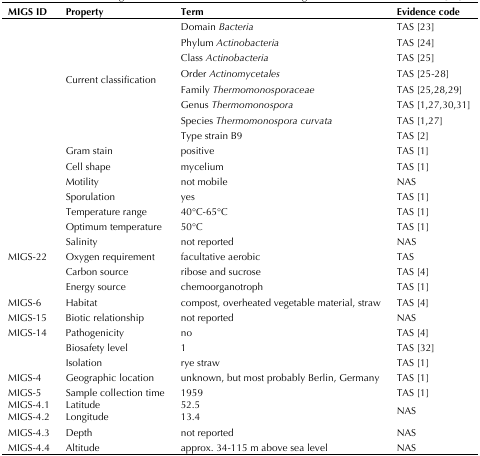
<table><thead><tr><td><b>MIGS ID</b></td><td><b>Property</b></td><td><b>Term</b></td><td><b>Evidence code</b></td></tr></thead><tbody><tr><td rowspan="8"></td><td rowspan="8">Current classification</td><td>Domain <i>Bacteria</i></td><td>TAS [23]</td></tr><tr><td>Phylum <i>Actinobacteria</i></td><td>TAS [24]</td></tr><tr><td>Class <i>Actinobacteria</i></td><td>TAS [25]</td></tr><tr><td>Order <i>Actinomycetales</i></td><td>TAS [25-28]</td></tr><tr><td>Family <i>Thermomonosporaceae</i></td><td>TAS [25,28,29]</td></tr><tr><td>Genus <i>Thermomonospora</i></td><td>TAS [1,27,30,31]</td></tr><tr><td>Species <i>Thermomonospora curvata</i></td><td>TAS [1,27]</td></tr><tr><td>Type strain B9</td><td>TAS [2]</td></tr><tr><td></td><td>Gram stain</td><td>positive</td><td>TAS [1]</td></tr><tr><td></td><td>Cell shape</td><td>mycelium</td><td>TAS [1]</td></tr><tr><td></td><td>Motility</td><td>not mobile</td><td>NAS</td></tr><tr><td></td><td>Sporulation</td><td>yes</td><td>TAS [1]</td></tr><tr><td></td><td>Temperature range</td><td>40°C-65°C</td><td>TAS [1]</td></tr><tr><td></td><td>Optimum temperature</td><td>50°C</td><td>TAS [1]</td></tr><tr><td></td><td>Salinity</td><td>not reported</td><td>NAS</td></tr><tr><td>MIGS-22</td><td>Oxygen requirement</td><td>facultative aerobic</td><td>TAS</td></tr><tr><td></td><td>Carbon source</td><td>ribose and sucrose</td><td>TAS [4]</td></tr><tr><td></td><td>Energy source</td><td>chemoorganotroph</td><td>TAS [1]</td></tr><tr><td>MIGS-6</td><td>Habitat</td><td>compost, overheated vegetable material, straw</td><td>TAS [4]</td></tr><tr><td>MIGS-15</td><td>Biotic relationship</td><td>not reported</td><td>NAS</td></tr><tr><td>MIGS-14</td><td>Pathogenicity</td><td>no</td><td>TAS [4]</td></tr><tr><td></td><td>Biosafety level</td><td>1</td><td>TAS [32]</td></tr><tr><td></td><td>Isolation</td><td>rye straw</td><td>TAS [1]</td></tr><tr><td>MIGS-4</td><td>Geographic location</td><td>unknown, but most probably Berlin, Germany</td><td>TAS [1]</td></tr><tr><td>MIGS-5</td><td>Sample collection time</td><td>1959</td><td>TAS [1]</td></tr><tr><td>MIGS-4.1MIGS-4.2</td><td>LatitudeLongitude</td><td>52.513.4</td><td>NAS</td></tr><tr><td>MIGS-4.3</td><td>Depth</td><td>not reported</td><td>NAS</td></tr><tr><td>MIGS-4.4</td><td>Altitude</td><td>approx. 34-115 m above sea level</td><td>NAS</td></tr></tbody></table>